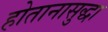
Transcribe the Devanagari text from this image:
होतानासुद्धा